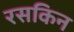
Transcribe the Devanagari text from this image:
रसकिन